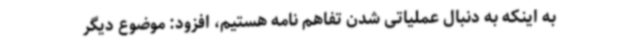
به اینکه به دنبال عملیاتی شدن تفاهم نامه هستیم، افزود: موضوع دیگر